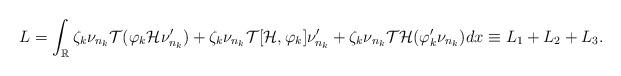
LaTeX: \begin{align*}L= \int_{\mathbb R} \zeta_k \nu_{n_k} \mathcal T(\varphi_k \mathcal H \nu'_{n_k}) +\zeta_k \nu_{n_k} \mathcal T[\mathcal H, \varphi_k] \nu'_{n_k} + \zeta_k \nu_{n_k} \mathcal T \mathcal H(\varphi_k' \nu_{n_k}) dx\equiv L_1+L_2+L_3.\end{align*}